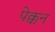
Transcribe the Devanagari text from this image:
पेक्कन